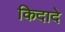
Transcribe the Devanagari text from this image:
किदादे